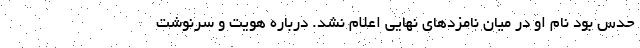
حدس بود نام او در میان نامزدهای نهایی اعلام نشد. درباره هویت و سرنوشت